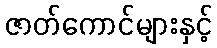
ဇာတ်ကောင်များနှင့်